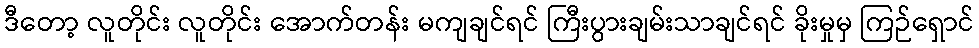
ဒီတော့ လူတိုင်း လူတိုင်း အောက်တန်း မကျချင်ရင် ကြီးပွားချမ်းသာချင်ရင် ခိုးမှုမှ ကြဉ်ရှောင်